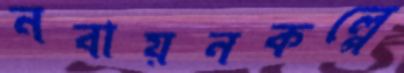
নবায়নকল্পে